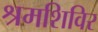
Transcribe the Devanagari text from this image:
श्रमशिविर